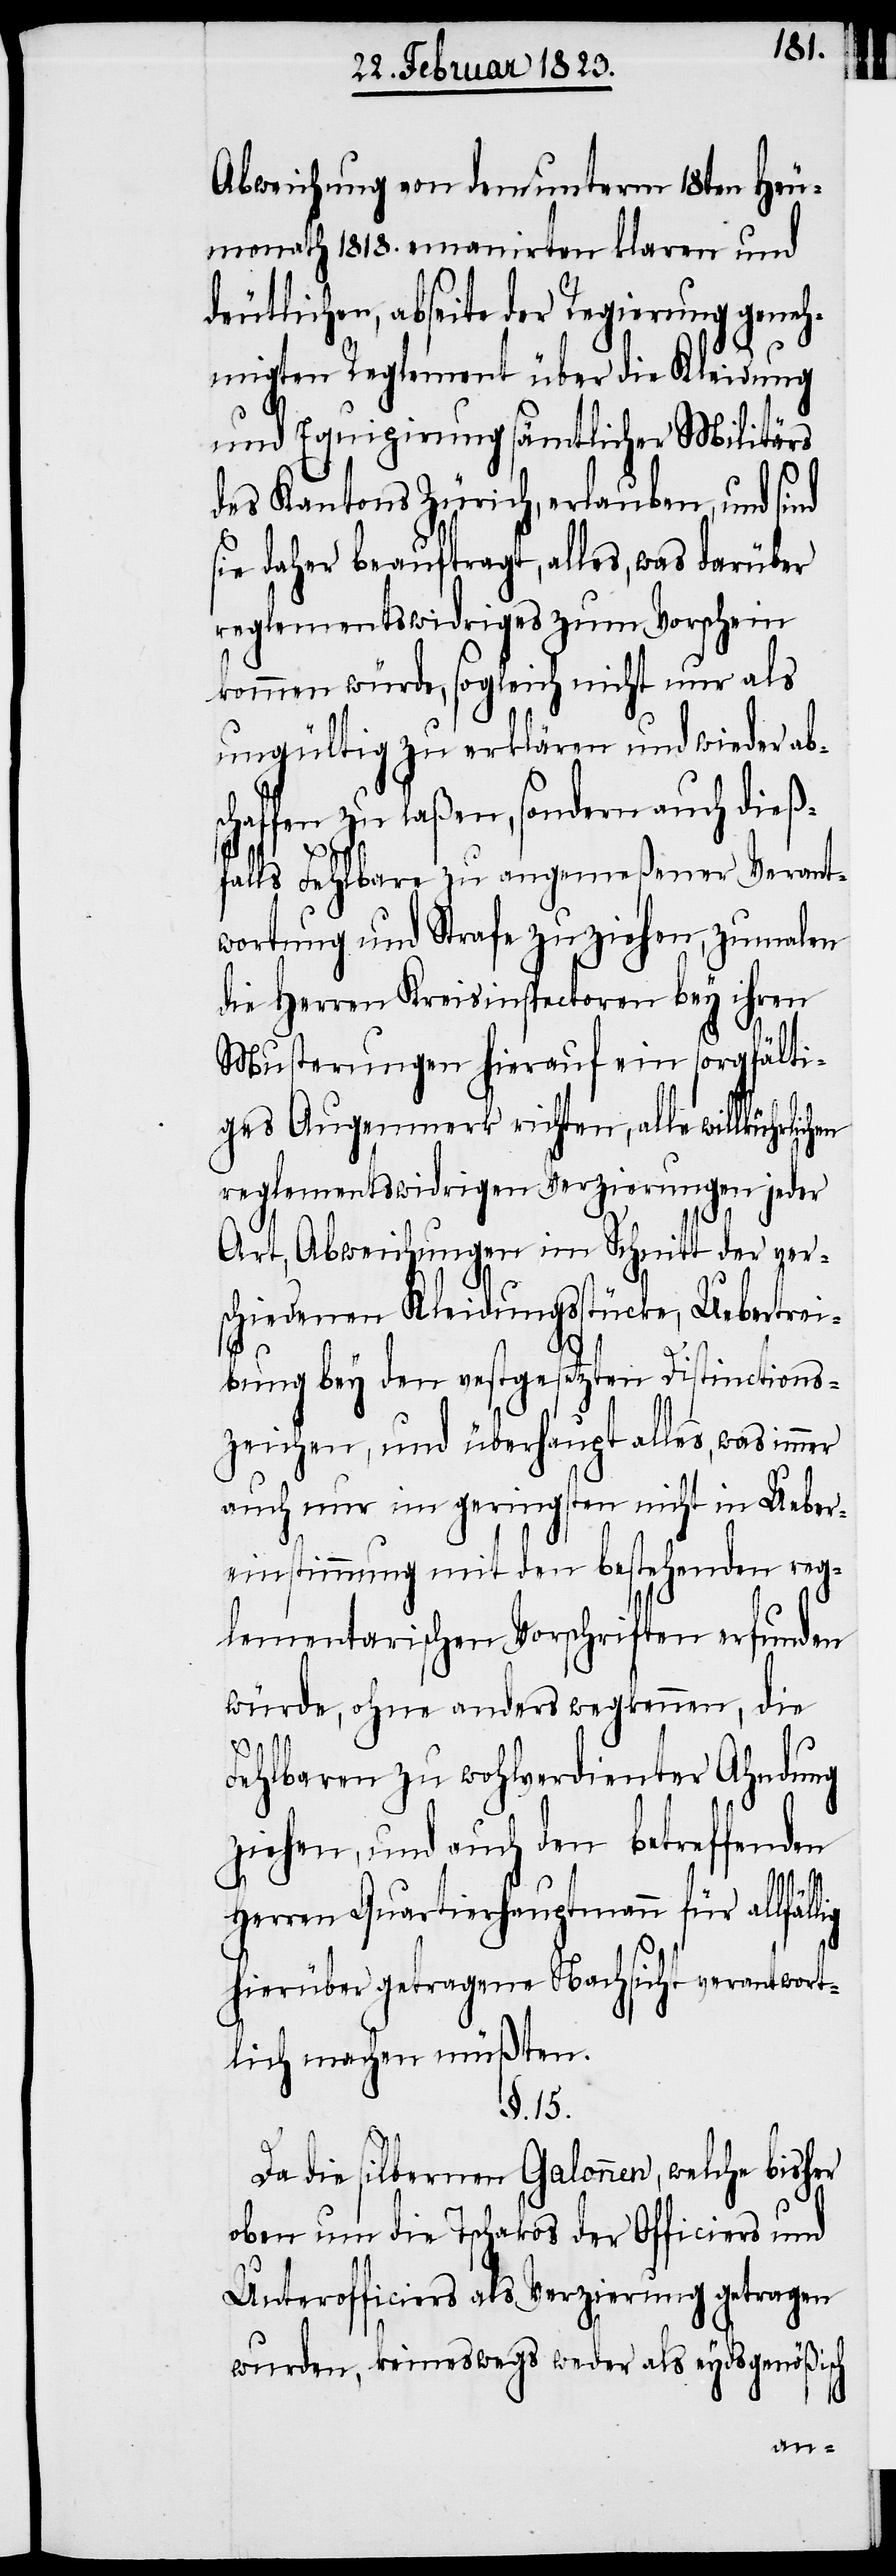
Abweichung von dem unterm 18ten Heu¬
monath 1818. emanirten klaren und
deutlichen, abseite der Regierung geneh¬
migten Reglement über die Kleidung
und Equipirung sämtlicher Militärs
des Kantons Zürich, erlauben, und sind
sie daher beauftragt, alles, was darüber
reglementswidriges zum Vorschein
kommen würde, sogleich nicht nur als
ungültig zu erklären und wieder abs¬
chaffen zu laßen, sondern auch dieß¬
lig
falls Fehlbare zu angemeßener Verant¬
wortung und Strafe zu ziehen, zumalen
die Herren Kreisinspectoren bey ihren
Musterungen hierauf ein sorgfälti¬
ges Augenmerk richten, alle
reglementswidrigen Verzierungen jeder
Art, Abweichungen im Schnitt der ver¬
schiedenen Kleidungsstücke, Uebertrei¬
bung bey den vestgesetzten [sic!] Distinct¬
zeichen, und überhaupt alles, was immer
auch nur im geringsten nicht in Ueber¬
einstimmung mit den bestehenden reg¬
lementarischen Vorschriften erfunden
würde, ohne anders wegkennen, die
Fehlbaren zu wohlverdienter Ahndung
ziehen, und auch den betreffenden
Herren Quartierhauptmann für allfäl¬
hierüber getragene Nachsicht verantwort¬
lich machen müßten.
§. 15.
Da die silbernen Galonnen, welche bisher
oben um die Tschakos der Officiers und
Unterofficiers als Verzierung getragen
wurden, keineswegs weder als eydsgenößisch
ions¬